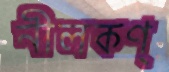
নীলকণ্